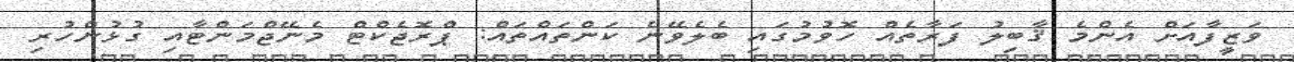
ވަޒީފާއަށް އެންމެ ޤާބިލު ފަރާތެއް ހޮވުމުގައި ބެލެވޭނެ ކަންތައްތައް: ޕްރޮޖެކްޓް މެނޭޖްމަންޓާއި ގުޅުންހުރި